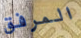
المرفق